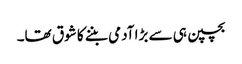
بچپن ہی سے بڑا آدمی بننے کا شوق تھا۔